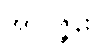
အာဝဇ္ဇန်း